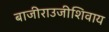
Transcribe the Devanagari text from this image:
बाजीराउजीशिवाय